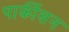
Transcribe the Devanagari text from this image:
पार्कीसन